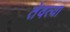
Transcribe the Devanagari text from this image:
तेवत्या